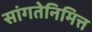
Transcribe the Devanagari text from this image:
सांगतेनिमित्त